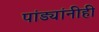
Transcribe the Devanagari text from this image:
पांड्यांनीही